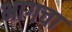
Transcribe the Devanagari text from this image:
भागचा